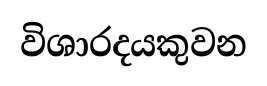
විශාරදයකුවන